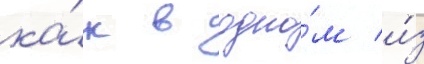
ка́к в одно́м и́з